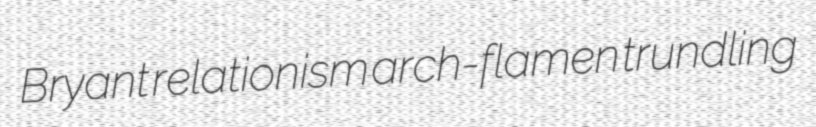
Bryant relationism arch-flamen trundling